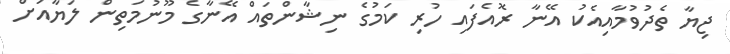
ޖިޔާ ތެދުވުމާއިއެކު އޭނާ ރޮއެފައި ހުރި ކަމުގެ ނިޝާންތައް އޭނާގެ މޫނުމަތިން ލަޔާއަށް